65_HS1-834228961_62-HQ-83894_Section_3
Agency: FBI
Page 52
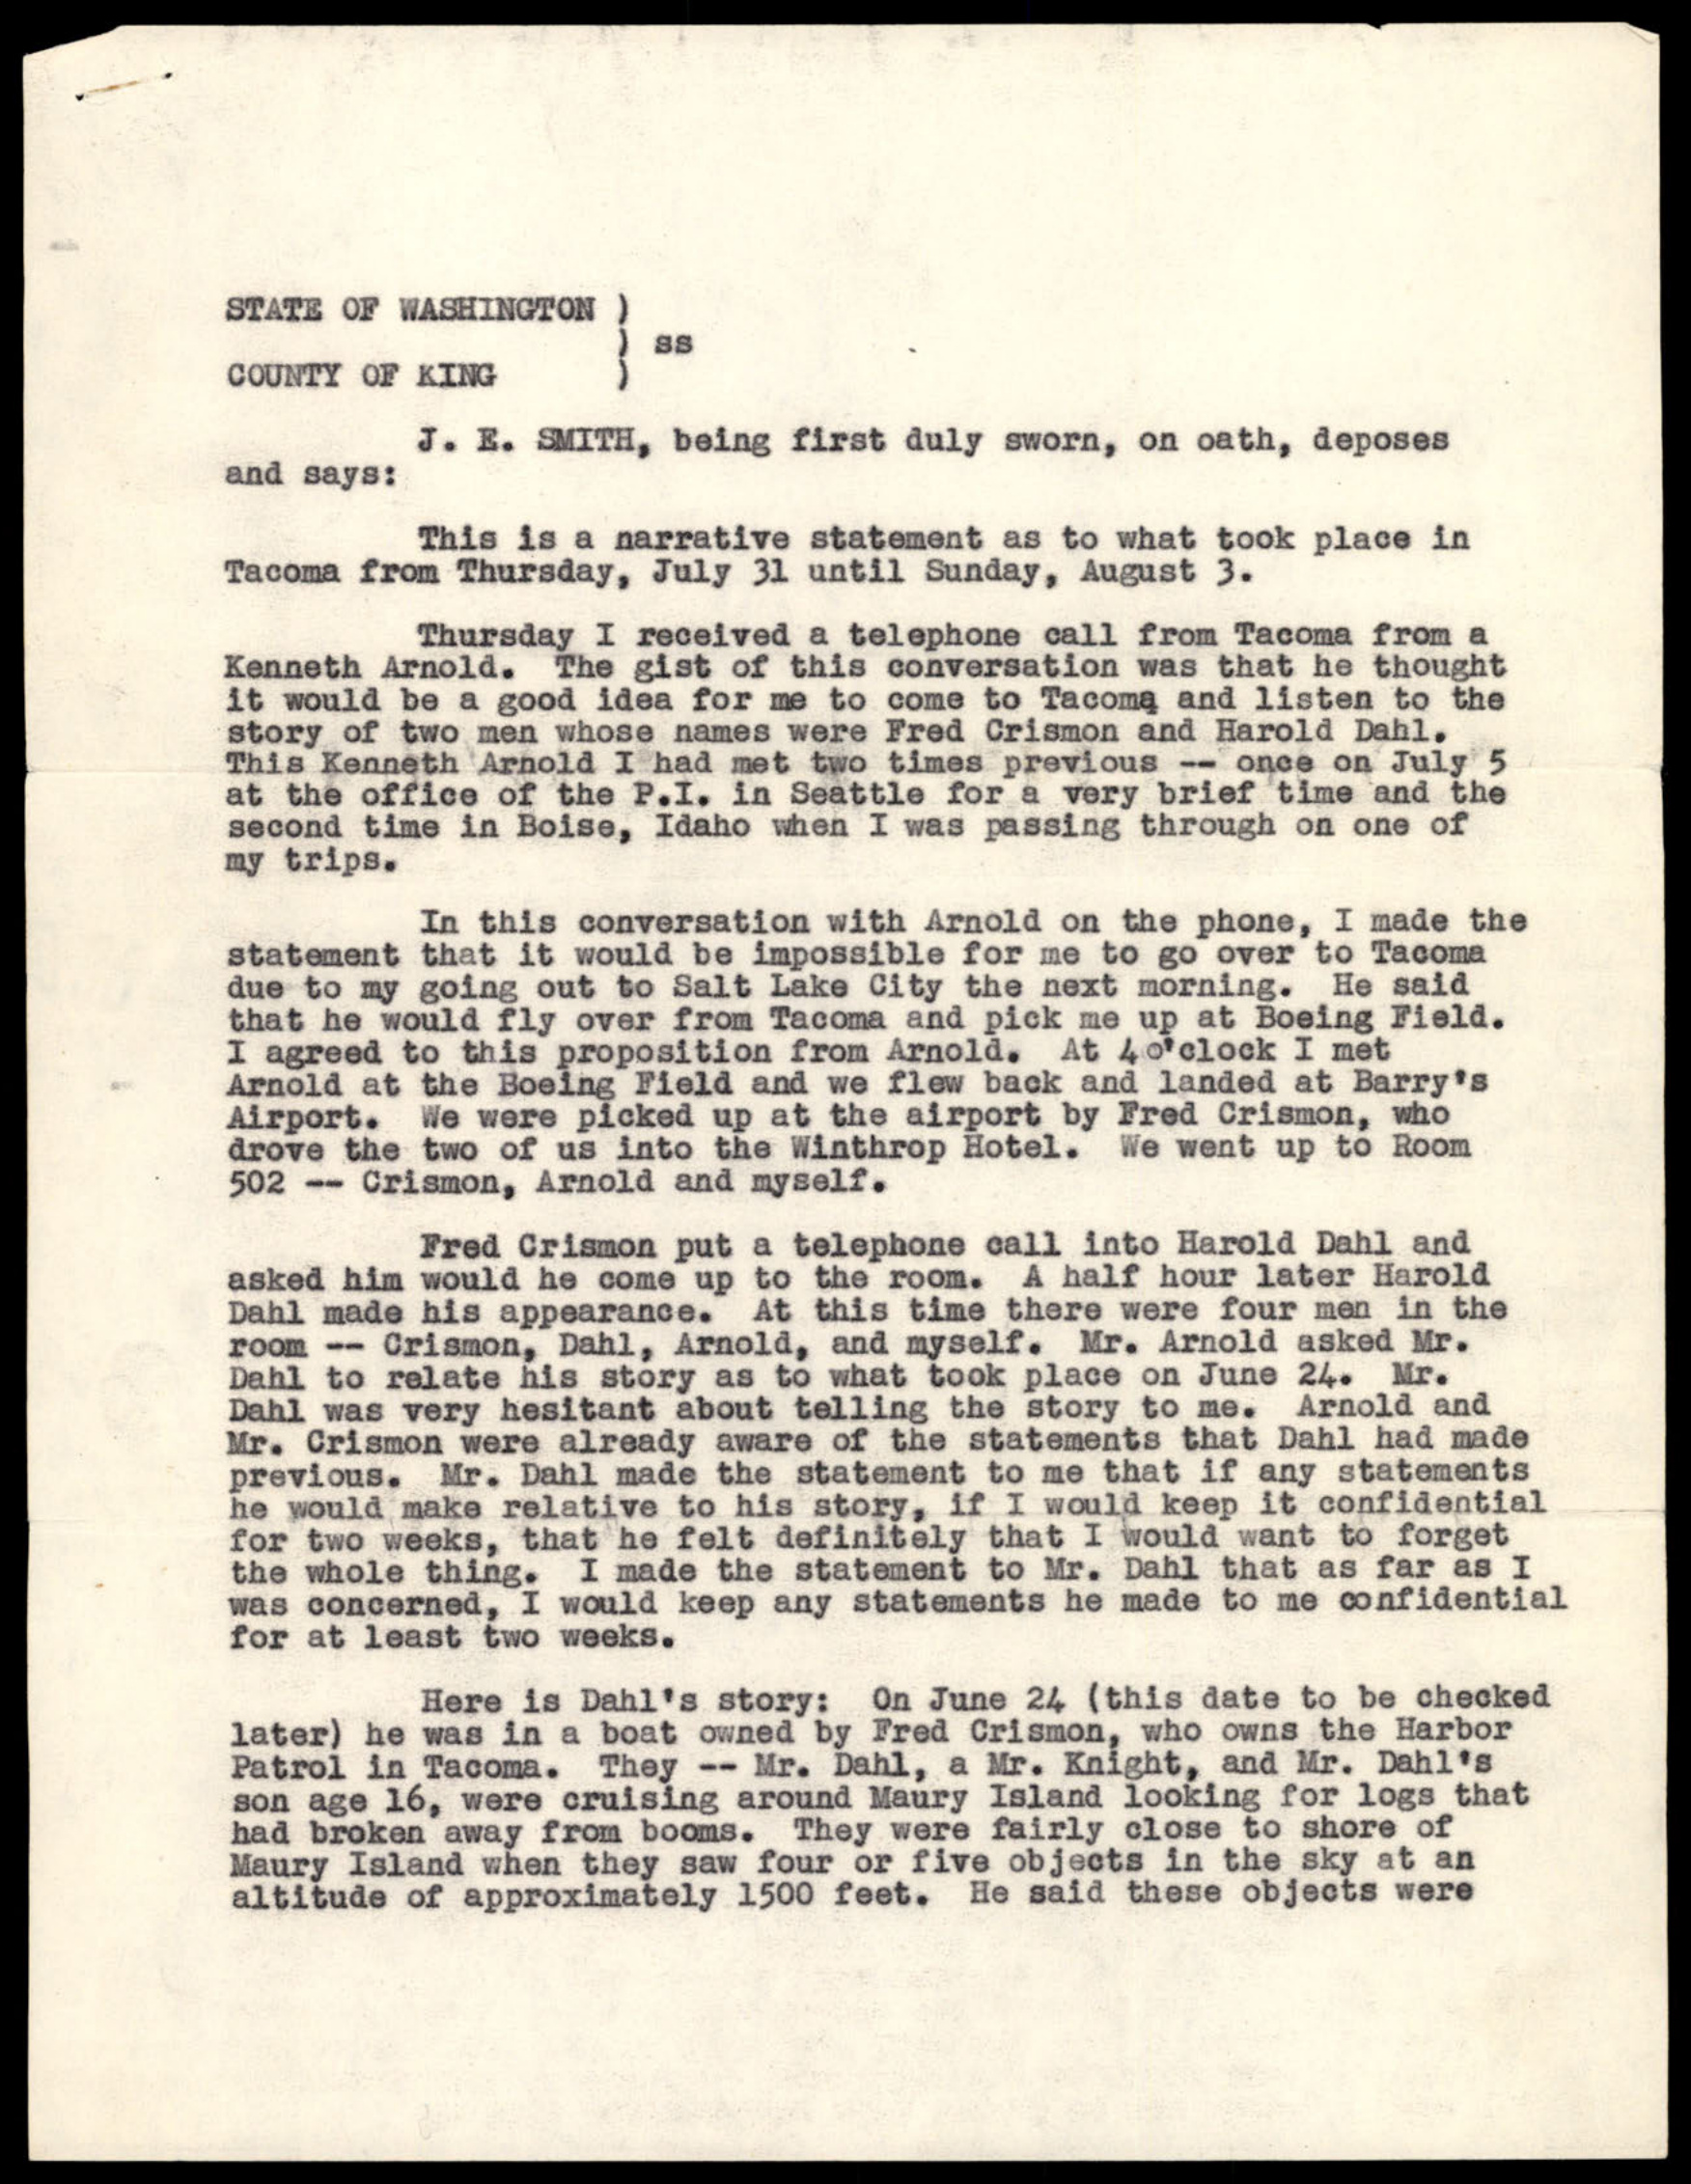